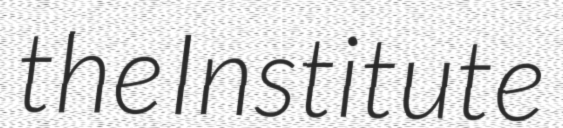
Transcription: the Institute